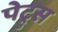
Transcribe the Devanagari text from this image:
पेट्रुस